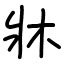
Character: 牀